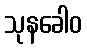
သုနခေါဝ